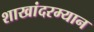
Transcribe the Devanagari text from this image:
शाखांदरम्यान